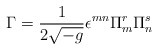
\begin{align*}\Gamma = \frac{1}{2 \sqrt{-g}} \epsilon^{mn} \Pi_m^r \Pi_n^s\end{align*}